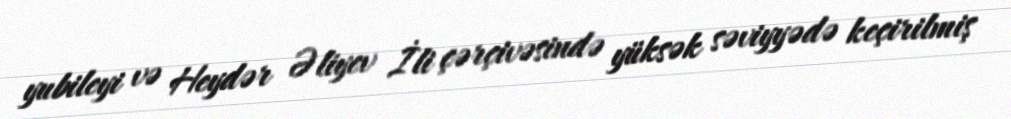
yubileyi və Heydər Əliyev İli çərçivəsində yüksək səviyyədə keçirilmiş